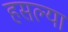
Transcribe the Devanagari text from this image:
हसल्या